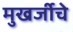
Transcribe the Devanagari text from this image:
मुखर्जीचे